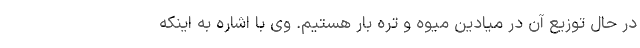
در حال توزیع آن در میادین میوه و تره بار هستیم. وی با اشاره به اینکه